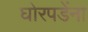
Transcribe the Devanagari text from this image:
घोरपडेंना